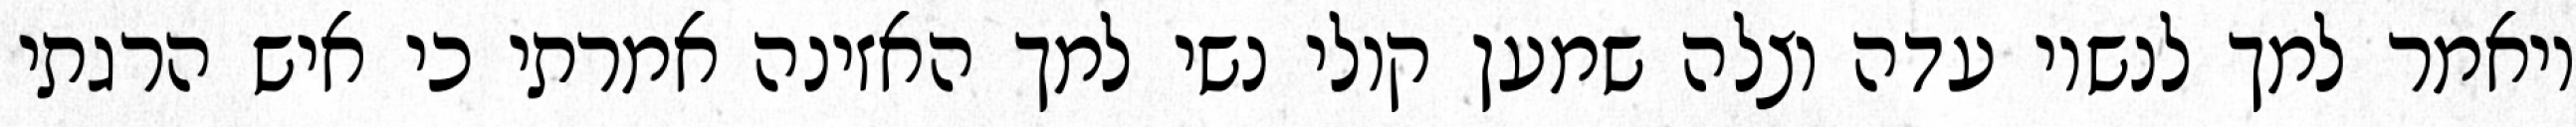
ויאמר למך לנשיו עדה וצלה שמען קולי נשי למך האזינה אמרתי כי איש הרגתי